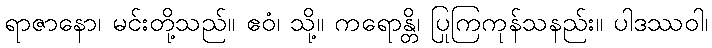
ရာဇာနော၊ မင်းတို့သည်။ ဧဝံ၊ သို့။ ကရောန္တိ၊ ပြုကြကုန်သနည်း။ ပါဒဿဝါ၊